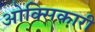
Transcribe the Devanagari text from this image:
ओक्सिकारी